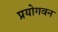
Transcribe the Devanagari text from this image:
प्रयोगवन